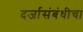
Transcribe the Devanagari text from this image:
दर्जासंबंधीचा